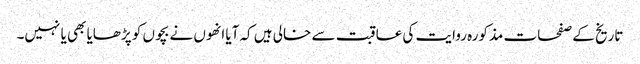
تاریخ کے صفحات مذکورہ روایت کی عاقبت سے خالی ہیں کہ آیا انھوں نے بچوں کو پڑھایا بھی یا نہیں۔